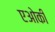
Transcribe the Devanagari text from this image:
एओकी